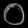
Digit: ၀